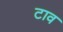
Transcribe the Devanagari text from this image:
टाव